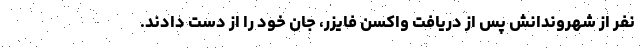
نفر از شهروندانش پس از دریافت واکسن فایزر، جان خود را از دست دادند.